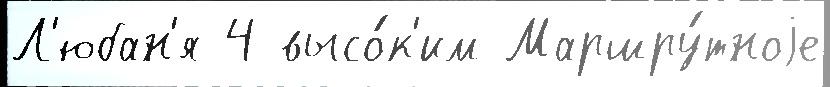
Л'юбан'я 4 высо́к'им Маршру́тноjе